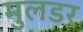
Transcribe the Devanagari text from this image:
मुलडर